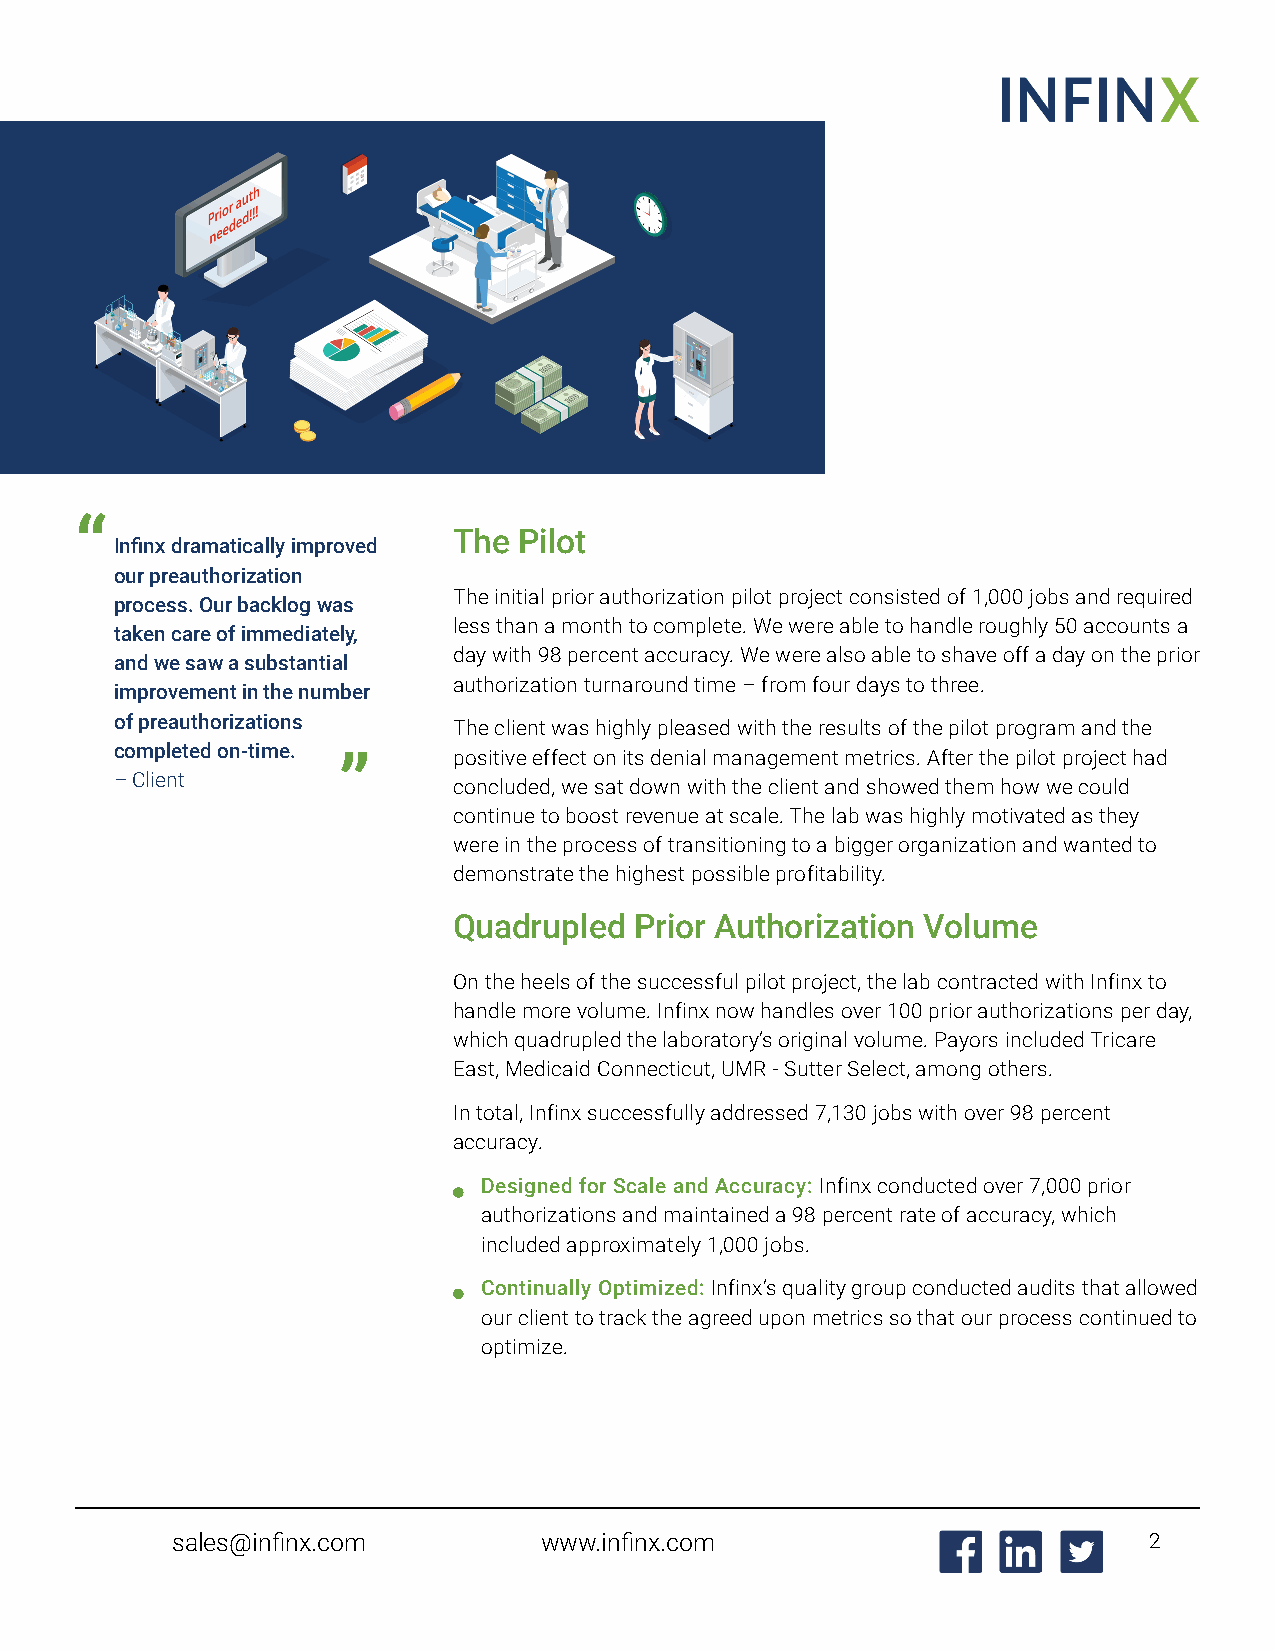
“
 The Pilot
 Infinx dramatically improved
 our preauthorization
 The initial prior authorization pilot project consisted of 1,000 jobs and required
 process. Our backlog was
 less than a month to complete. We were able to handle roughly 50 accounts a
 taken care of immediately,
 day with 98 percent accuracy. We were also able to shave off a day on the prior
 and we saw a substantial
 authorization turnaround time – from four days to three.
 improvement in the number
 of preauthorizations
 The client was highly pleased with the results of the pilot program and the
 completed on-time.
 ”       positive effect on its denial management metrics. After the pilot project had
 – Client
 concluded, we sat down with the client and showed them how we could
 continue to boost revenue at scale. The lab was highly motivated as they
 were in the process of transitioning to a bigger organization and wanted to
 demonstrate the highest possible profitability.
 Quadrupled  Prior Authorization Volume
 On the heels of the successful pilot project, the lab contracted with Infinx to
 handle more volume. Infinx now handles over 100 prior authorizations per day,
 which quadrupled the laboratory’s original volume. Payors included Tricare
 East, Medicaid Connecticut, UMR - Sutter Select, among others.
 In total, Infinx successfully addressed 7,130 jobs with over 98 percent
 accuracy.
 Designed for Scale and Accuracy: Infinx conducted over 7,000 prior
 authorizations and maintained a 98 percent rate of accuracy, which
 included approximately 1,000 jobs.
 Continually Optimized: Infinx’s quality group conducted audits that allowed
 our client to track the agreed upon metrics so that our process continued to
 optimize.
 sales@infinx.com         www.infinx.com                          2